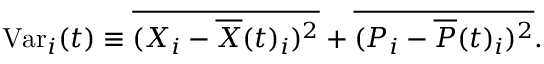
\begin{array} { r } { \mathrm { V a r } _ { i } ( t ) \equiv \overline { { ( { X } _ { i } - { \overline { { X } } } ( t ) _ { i } ) ^ { 2 } } } + \overline { { ( { P } _ { i } - { \overline { { P } } } ( t ) _ { i } ) ^ { 2 } } } . } \end{array}